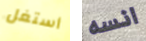
أستغل انسه